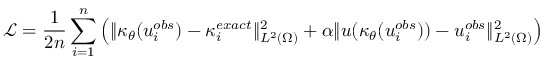
\mathcal { L } = \frac { 1 } { 2 n } \sum _ { i = 1 } ^ { n } \left( \| \kappa _ { \theta } ( u _ { i } ^ { o b s } ) - \kappa _ { i } ^ { e x a c t } \| _ { L ^ { 2 } ( \Omega ) } ^ { 2 } + \alpha \| u ( \kappa _ { \theta } ( u _ { i } ^ { o b s } ) ) - u _ { i } ^ { o b s } \| _ { L ^ { 2 } ( \Omega ) } ^ { 2 } \right)